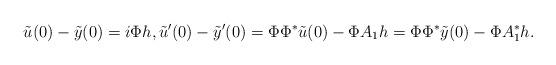
LaTeX: \begin{align*}\tilde{u}(0) - \tilde{y}(0) = i \Phi h, \tilde{u}^{\prime}(0) - \tilde{y}^{\prime}(0) = \Phi \Phi^* \tilde{u}(0) -\Phi A_1 h = \Phi \Phi^* \tilde{y}(0) - \Phi A_1^* h.\end{align*}